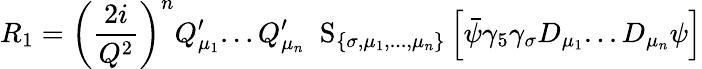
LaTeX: R_{1}=\left(\frac{2i}{Q^{2}}\right)^{n}Q_{\mu_{1}}^{\prime}...Q_{\mu_{n}}^{\prime}\; \mathrm{\mathbf~S}_{\{ \sigma,\mu_{1},...,\mu_{n}\} }\left[\bar{\psi}\gamma_{5}\gamma_{\sigma}D_{\mu_{1}}...D_{\mu_{n}}\psi\right]